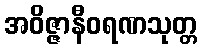
အဝိဇ္ဇာနီဝရဏသုတ္တ